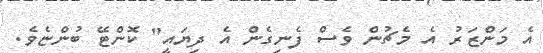
އެ މަންޒަރު އެ މެޗުން ވެސް ފެނިގެން އެ ދިޔައީ" ކޮންޓޭ ބުންޏެވެ.